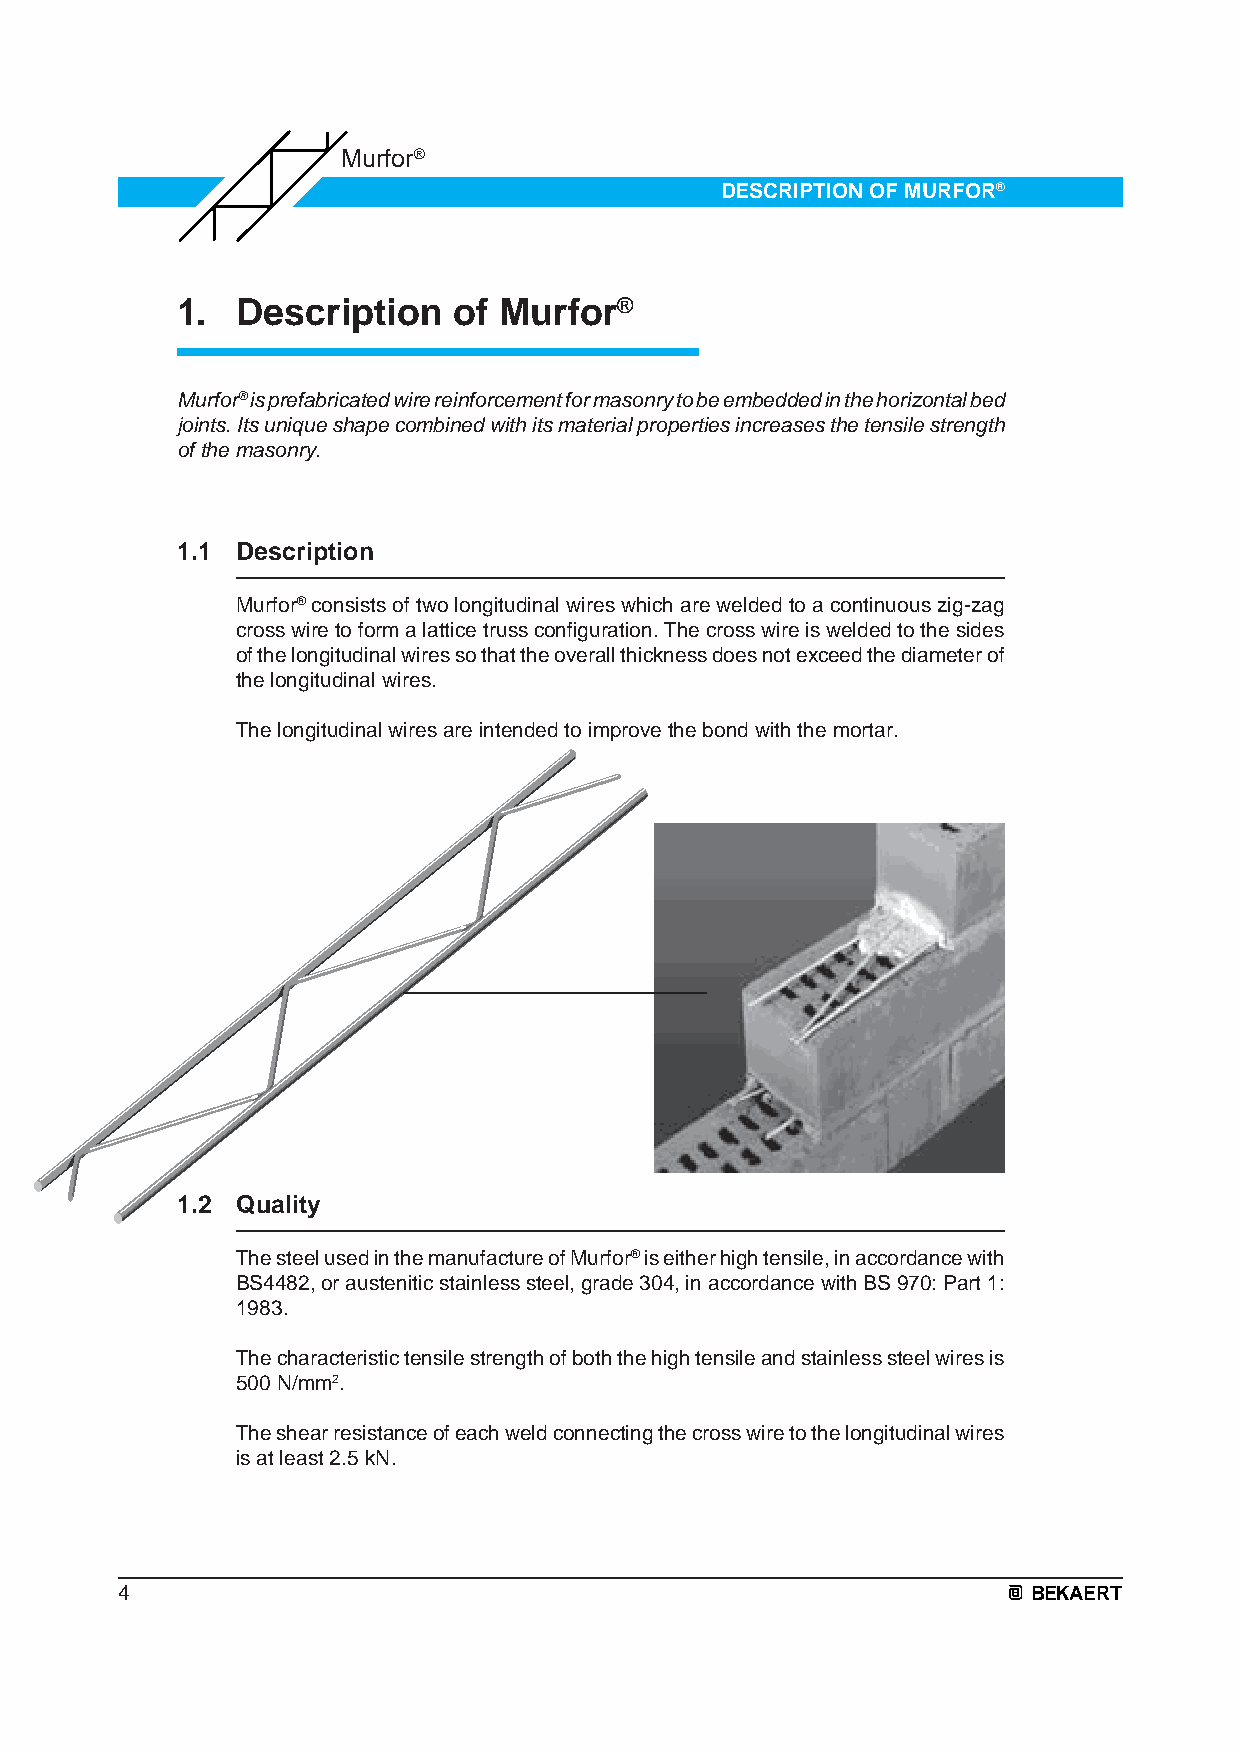
Murfor®
 DESCRIPTION OF MURFOR®
 1.  Description   of Murfor®
 Murfor® is prefabricated wire reinforcement for masonry to be embedded in the horizontal bed
 joints. Its unique shape combined with its material properties increases the tensile strength
 of the masonry.
 1.1 Description
 Murfor® consists of two longitudinal wires which are welded to a continuous zig-zag
 cross wire to form a lattice truss configuration. The cross wire is welded to the sides
 of the longitudinal wires so that the overall thickness does not exceed the diameter of
 the longitudinal wires.
 The longitudinal wires are intended to improve the bond with the mortar.
 1.2 Quality
 The steel used in the manufacture of Murfor® is either high tensile, in accordance with
 BS4482, or austenitic stainless steel, grade 304, in accordance with BS 970: Part 1:
 1983.
 The characteristic tensile strength of both the high tensile and stainless steel wires is
 500 N/mm2.
 The shear resistance of each weld connecting the cross wire to the longitudinal wires
 is at least 2.5 kN.
 4                                                           BEKAERT